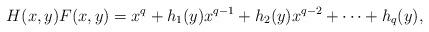
LaTeX: \begin{align*} H(x,y)F(x,y) = x^q + h_1(y)x^{q-1} + h_2(y)x^{q-2} + \cdots + h_q(y),\end{align*}